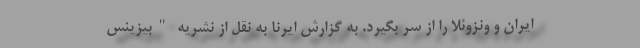
ایران و ونزوئلا را از سر بگیرد. به گزارش ایرنا به نقل از نشریه "بیزینس